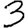
Digit: 3